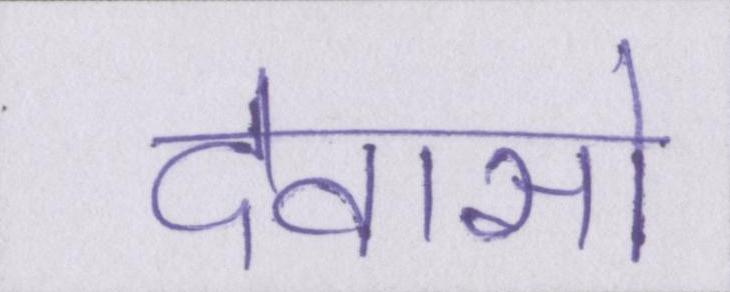
देवासो